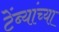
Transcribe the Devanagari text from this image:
टेंब्यांच्या